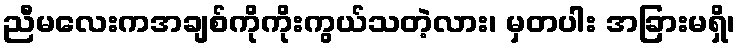
ညီမလေးကအချစ်ကိုကိုးကွယ်သတဲ့လား၊ မှတပါး အခြားမရှိ၊